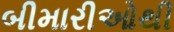
બીમારીઓથી